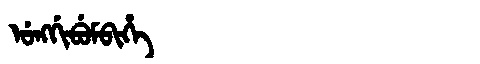
Manchu: ᡠᠩᡤᡳᠪᡠᠮᠪᡳᡥᡝ
Romanization: UNGGIBUMBIHE